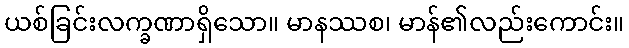
ယစ်ခြင်းလက္ခဏာရှိသော။ မာနဿစ၊ မာန်၏လည်းကောင်း။